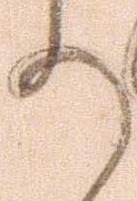
給